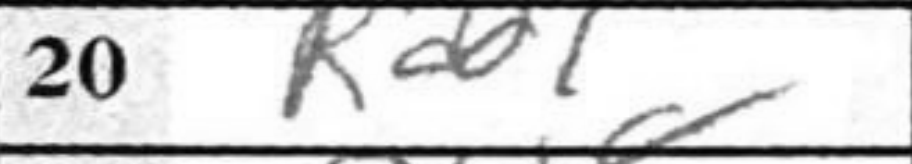
Transcription: Rad1